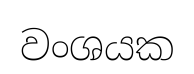
වංශයක